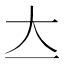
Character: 𡗓